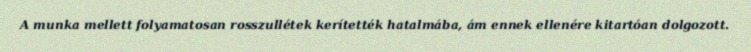
A munka mellett folyamatosan rosszullétek kerítették hatalmába, ám ennek ellenére kitartóan dolgozott.